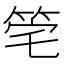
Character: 𥭌